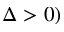
\Delta > 0 )